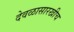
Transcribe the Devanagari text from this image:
देवळासारखीच